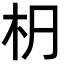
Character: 𣏊